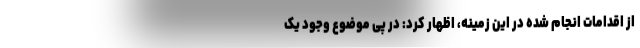
از اقدامات انجام شده در این زمینه، اظهار کرد: در پی موضوع وجود یک